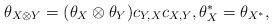
LaTeX: \begin{align*}\theta_{X \otimes Y} = (\theta_X \otimes \theta_Y) c_{Y, X}c_{X, Y}, \theta_X^* = \theta_{X^*},\end{align*}